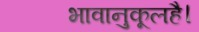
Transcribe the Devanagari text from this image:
भावानुकूलहै।